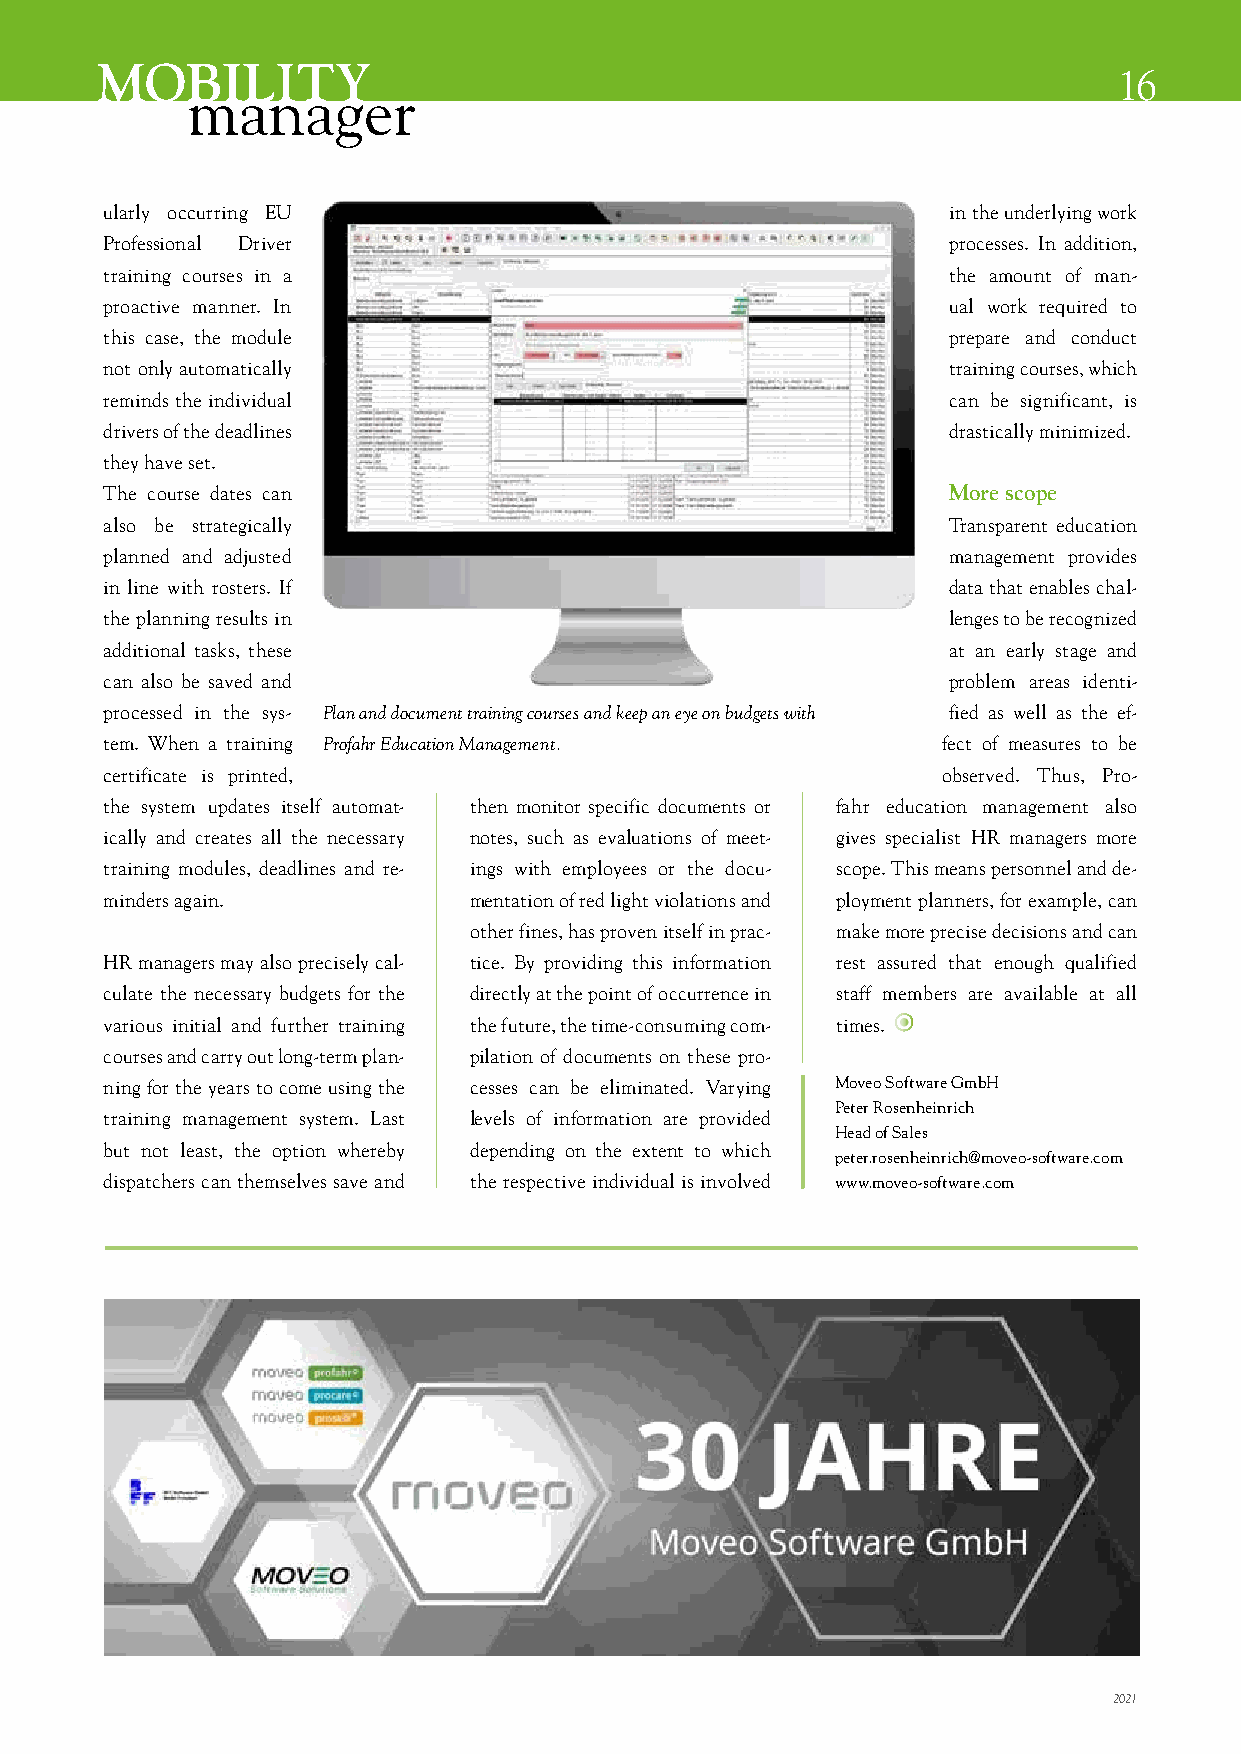
MOBILITY
 16
 manager
 ularly occurring EU                                     in the underlying work
 Professional Driver                                     processes. In addition,
 training courses in a                                   the amount of man-
 proactive manner. In                                    ual work required to
 this case, the module                                   prepare and conduct
 not only automatically                                  training courses, which
 reminds the individual                                  can be significant, is
 drivers of the deadlines                                drastically minimized.
 they have set.
 The course dates can                                    More scope
 also be strategically                                   Transparent education
 planned and adjusted                                    management provides
 in line with rosters. If                                data that enables chal-
 the planning results in                                 lenges to be recognized
 additional tasks, these                                 at an early stage and
 can also be saved and                                   problem areas identi-
 processed in the sys- Plan and document training courses and keep an eye on budgets with fied as well as the ef-
 tem. When a training Profahr Education Management.     fect of measures to be
 certificate is printed,                                observed. Thus, Pro-
 the system updates itself automat- then monitor specific documents or fahr education management also
 ically and creates all the necessary notes, such as evaluations of meet- gives specialist HR managers more
 training modules, deadlines and re- ings with employees or the docu- scope. This means personnel and de-
 minders again.          mentation of red light violations and ployment planners, for example, can
 other fines, has proven itself in prac- make more precise decisions and can
 HR managers may also precisely cal- tice. By providing this information rest assured that enough qualified
 culate the necessary budgets for the directly at the point of occurrence in staff members are available at all
 various initial and further training the future, the time-consuming com- times.
 courses and carry out long-term plan- pilation of documents on these pro-
 ning for the years to come using the cesses can be eliminated. Varying Moveo Software GmbH
 Peter Rosenheinrich
 training management system. Last levels of information are provided
 Head of Sales
 but not least, the option whereby depending on the extent to which
 peter.rosenheinrich@moveo-software.com
 dispatchers can themselves save and the respective individual is involved www.moveo-software.com
 2021